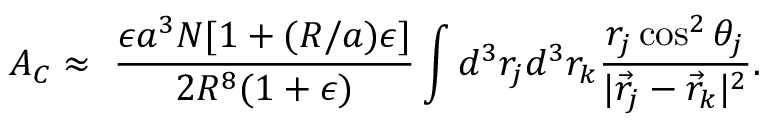
A _ { C } \approx \ \frac { \epsilon a ^ { 3 } N [ 1 + ( R / a ) \epsilon ] } { 2 R ^ { 8 } ( 1 + \epsilon ) } \int d ^ { 3 } r _ { j } d ^ { 3 } r _ { k } \frac { r _ { j } \cos ^ { 2 } \theta _ { j } } { | \vec { r } _ { j } - \vec { r } _ { k } | ^ { 2 } } .